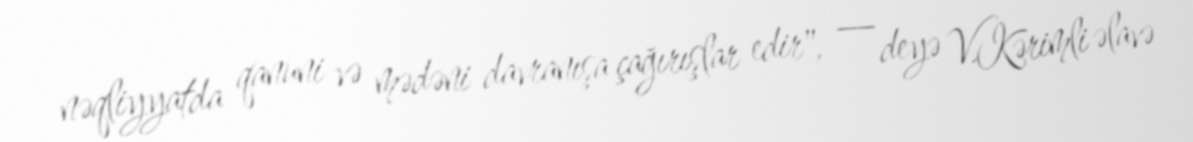
nəqliyyatda qanuni və mədəni davranışa çağırışlar edir", _ deyə V.Kərimli əlavə